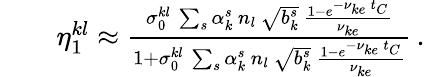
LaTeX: \begin{array}{rlr}&{}&{\eta_{1}^{kl}\approx\frac{\sigma_{0}^{kl}\, \sum_{s}\alpha_{k}^{s}\, n_{l}\, \sqrt{b_{k}^{s}}\, \frac{1-e^{-\nu_{ke}\, t_{C}}}{\nu_{ke}}}{1+\sigma_{0}^{kl}\, \sum_{s}\alpha_{k}^{s}\, n_{l}\, \sqrt{b_{k}^{s}}\, \frac{1-e^{-\nu_{ke}\, t_{C}}}{\nu_{ke}}}\, .}\end{array}